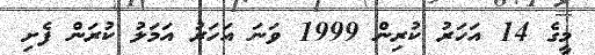
މީގެ 14 އަހަރު ކުރިން 1999 ވަނަ އަހަރު އަމަލު ކުރަން ފެށި